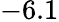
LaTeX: -6.1